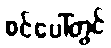
စင်ပေါ်တွင်